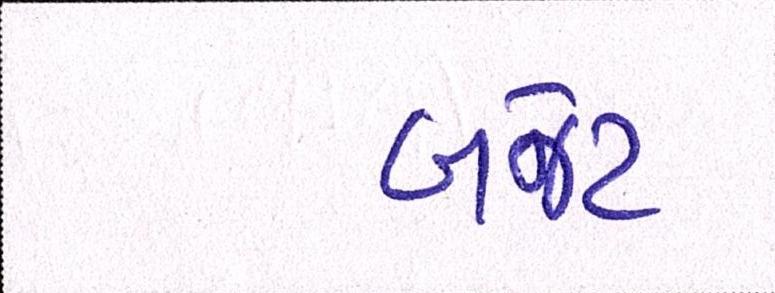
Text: બજેટ